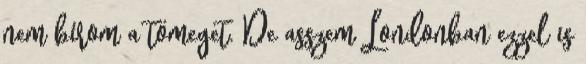
nem bírom a tömeget. De asszem Londonban ezzel is